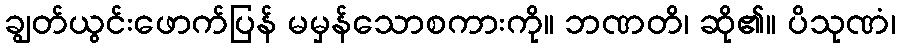
ချွတ်ယွင်းဖောက်ပြန် မမှန်သောစကားကို။ ဘဏတိ၊ ဆို၏။ ပိသုဏံ၊